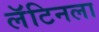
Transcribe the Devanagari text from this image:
लॅटिनला